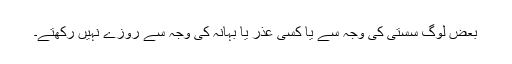
بعض لوگ سستی کی وجہ سے یا کسی عذر یا بہانہ کی وجہ سے روزے نہیں رکھتے۔